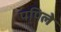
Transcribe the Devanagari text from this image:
पपिले